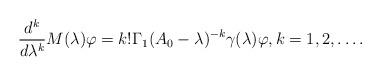
LaTeX: \begin{align*} \frac{d^k}{d\lambda^k} M(\lambda) \varphi=k!\Gamma_1(A_0-\lambda)^{-k}\gamma(\lambda) \varphi,k=1,2,\dots.\end{align*}